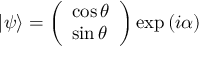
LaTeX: | \psi \rangle = { \left( \begin{array} { l } { \cos \theta } \\ { \sin \theta } \end{array} \right) } \exp \left( i \alpha \right)